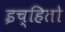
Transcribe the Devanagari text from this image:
इच्हितो